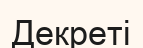
Декреті